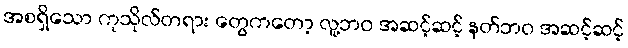
အစရှိသော ကုသိုလ်တရား တွေကတော့ လူ့ဘဝ အဆင့်ဆင့် နတ်ဘဝ အဆင့်ဆင့်